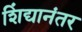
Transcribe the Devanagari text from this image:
शिंद्यानंतर